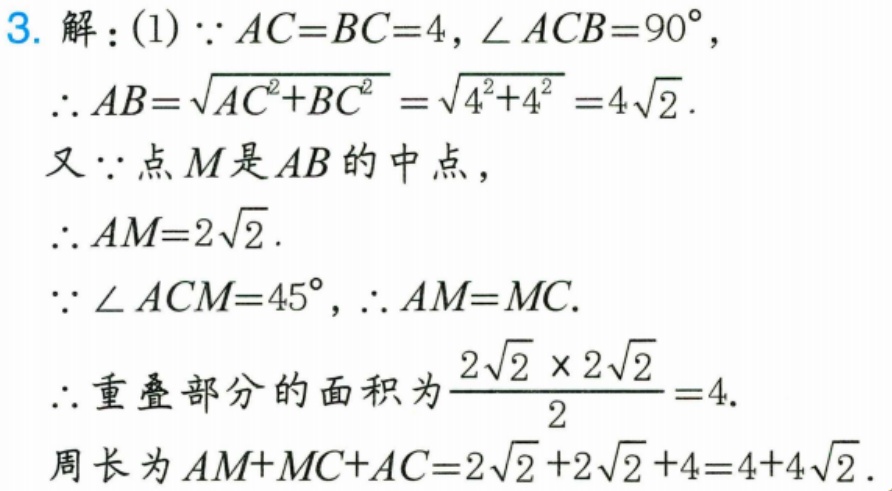
3. 解：(1) \(\because AC = BC = 4\)，\(\angle ACB = 90^{\circ}\)，
\(\therefore AB=\sqrt{AC^{2}+BC^{2}}=\sqrt{4^{2}+4^{2}} = 4\sqrt{2}\)．
又\(\because\)点\(M\)是\(AB\)的中点，
\(\therefore AM = 2\sqrt{2}\)．
\(\because\angle ACM = 45^{\circ}\)，\(\therefore AM = MC\)．
\(\therefore\)重叠部分的面积为\(\frac{2\sqrt{2}\times2\sqrt{2}}{2}=4\)．
周长为\(AM + MC+AC=2\sqrt{2}+2\sqrt{2}+4 = 4 + 4\sqrt{2}\)．